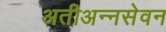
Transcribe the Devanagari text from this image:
अतीअन्नसेवन